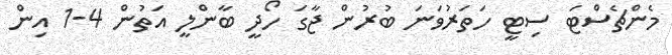
މެންޗެސްޓަ ސިޓީ ހަތަރުވަނަ ބުރުން ޖާގަ ހޯދީ ބާންލީ އަތުން 4-1 އިން